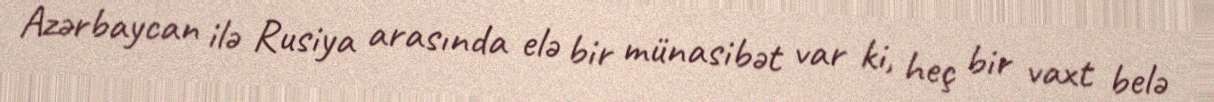
Azərbaycan ilə Rusiya arasında elə bir münasibət var ki, heç bir vaxt belə